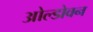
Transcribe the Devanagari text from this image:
ओल्डोवन